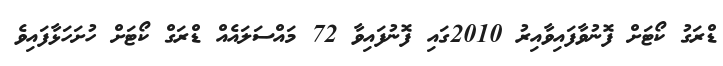
ޑްރަގު ކޯޓަށް ފޮނުވާފައިވާއިރު 2010ގައި ފޮނުފައިވާ 72 މައްސަލައެއް ޑްރަގް ކޯޓަށް ހުށަހަޅާފައިވެ